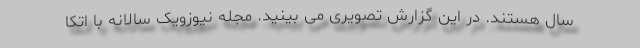
سال هستند. در این گزارش تصویری می بینید. مجله نیوزویک سالانه با اتکا